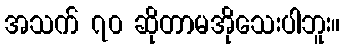
အသက် ၇၀ ဆိုတာမအိုသေးပါဘူး။